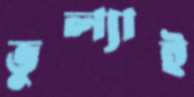
ভুল্যাই